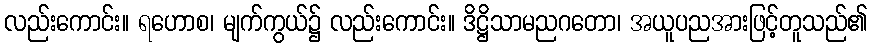
လည်းကောင်း။ ရဟောစ၊ မျက်ကွယ်၌ လည်းကောင်း။ ဒိဋ္ဌိသာမညဂတော၊ အယူပညအားဖြင့်တူသည်၏